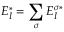
E _ { I } ^ { * } = \sum _ { \sigma } E _ { I } ^ { \sigma * }